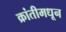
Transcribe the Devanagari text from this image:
क्रांतीमधून